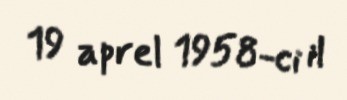
19 aprel 1958-ci il